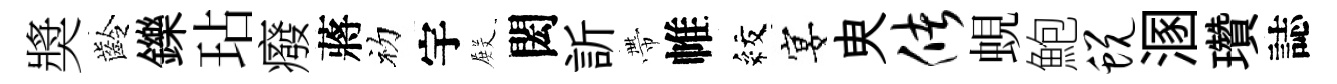
奬齡鑠玷癈蔣初宇𭮺閎訢帶帷紋宴㬰储蜆鮑蜕溷瓚誌